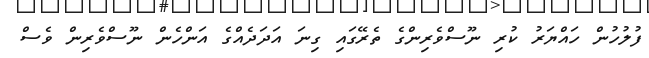
ފުލުހުން ހައްޔަރު ކުރި ނޫސްވެރިންގެ ތެރޭގައި ގިނަ އަދަދެއްގެ އަންހެން ނޫސްވެރިން ވެސް